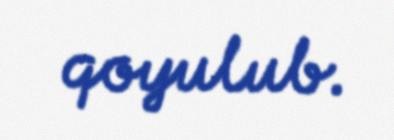
qoyulub.